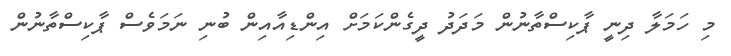
މި ހަމަލާ ދިނީ ޕާކިސްތާނުން މަދަދު ދީގެންކަމަށް އިންޑިއާއިން ބުނި ނަމަވެސް ޕާކިސްތާނުން